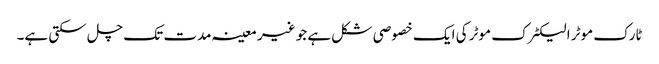
ٹارک موٹر الیکٹرک موٹر کی ایک خصوصی شکل ہے جو غیر معینہ مدت تک چل سکتی ہے۔